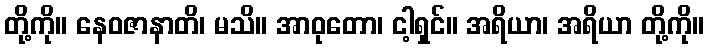
တို့ကို။ နေဝဇာနာတိ၊ မသိ။ အာဝုတော၊ ငါ့ရှင်။ အရိယာ၊ အရိယာ တို့ကို။